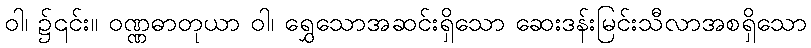
ဝါ၊ ၌၎င်း။ ဝဏ္ဏဓာတုယာ ဝါ၊ ရွှေသောအဆင်းရှိသော ဆေးဒန်းမြင်းသီလာအစရှိသော